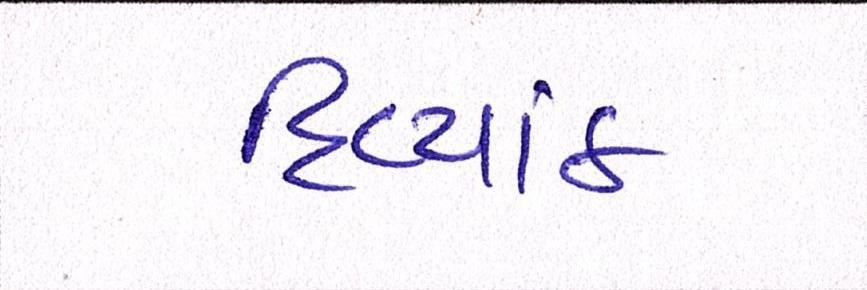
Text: દિવ્યાંક